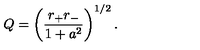
Q = \left( { \frac { r _ { + } r _ { - } } { 1 + a ^ { 2 } } } \right) ^ { 1 / 2 } .